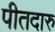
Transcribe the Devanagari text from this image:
पीतदारु